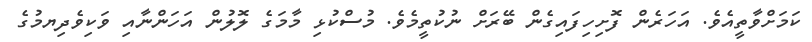
ކަމަށްވާތީއެވެ. އަހަރެން ފޮށިހިފައިގެން ބޭރަށް ނުކުތީމެވެ. މުސްކުޅި މާމަގެ ލޮލުން އަހަންނާއި ވަކިވެދިޔމުގެ